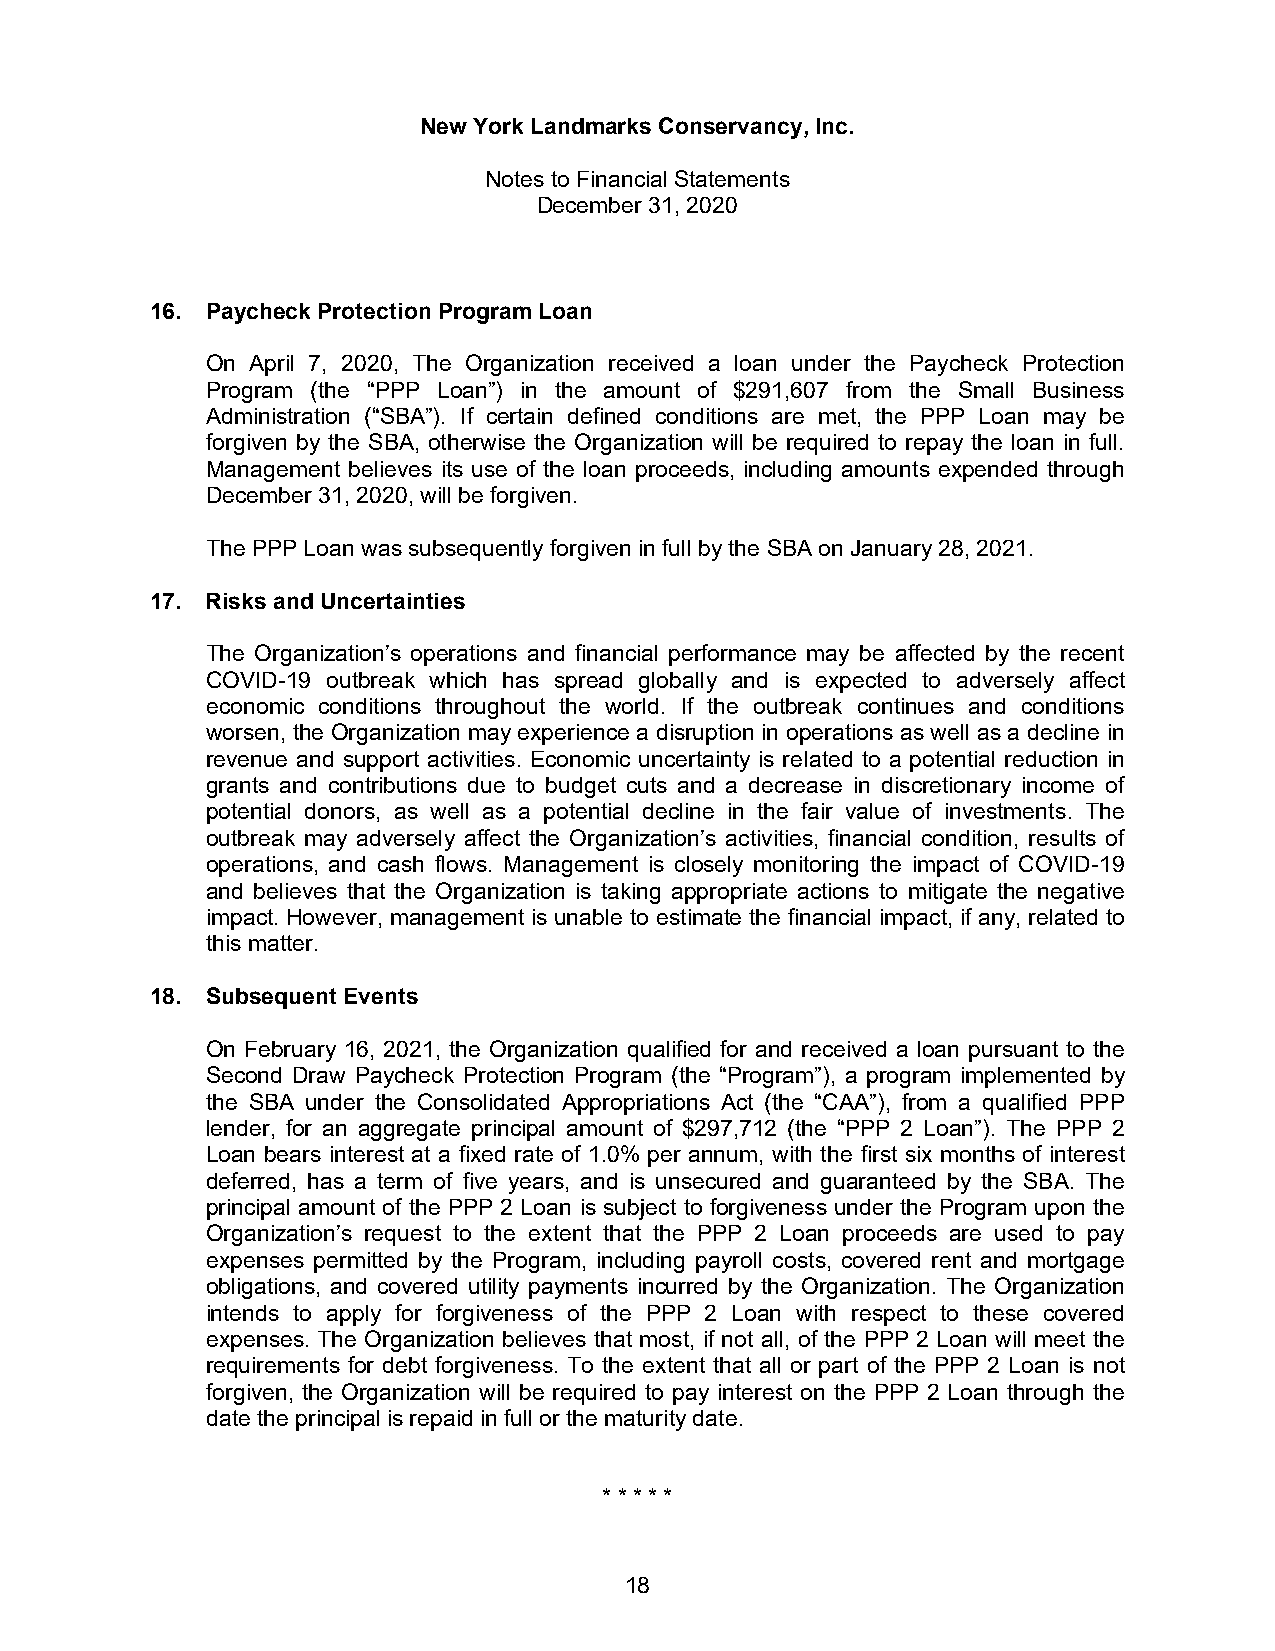
New York Landmarks Conservancy, Inc.
 Notes to Financial Statements
 December 31, 2020
 16. Paycheck Protection Program Loan
 On April 7, 2020, The Organization received a loan under the Paycheck Protection
 Program (the “PPP Loan”) in the amount of $291,607 from the Small Business
 Administration (“SBA”). If certain defined conditions are met, the PPP Loan may be
 forgiven by the SBA, otherwise the Organization will be required to repay the loan in full.
 Management believes its use of the loan proceeds, including amounts expended through
 December 31, 2020, will be forgiven.
 The PPP Loan was subsequently forgiven in full by the SBA on January 28, 2021.
 17. Risks and Uncertainties
 The Organization’s operations and financial performance may be affected by the recent
 COVID-19 outbreak which has spread globally and is expected to adversely affect
 economic conditions throughout the world. If the outbreak continues and conditions
 worsen, the Organization may experience a disruption in operations as well as a decline in
 revenue and support activities. Economic uncertainty is reIated to a potential reduction in
 grants and contributions due to budget cuts and a decrease in discretionary income of
 potential donors, as well as a potential decline in the fair value of investments. The
 outbreak may adversely affect the Organization’s activities, financial condition, results of
 operations, and cash flows. Management is closely monitoring the impact of COVID-19
 and believes that the Organization is taking appropriate actions to mitigate the negative
 impact. However, management is unable to estimate the financial impact, if any, related to
 this matter.
 18. Subsequent Events
 On February 16, 2021, the Organization qualified for and received a loan pursuant to the
 Second Draw Paycheck Protection Program (the “Program”), a program implemented by
 the SBA under the Consolidated Appropriations Act (the “CAA”), from a qualified PPP
 lender, for an aggregate principal amount of $297,712 (the “PPP 2 Loan”). The PPP 2
 Loan bears interest at a fixed rate of 1.0% per annum, with the first six months of interest
 deferred, has a term of five years, and is unsecured and guaranteed by the SBA. The
 principal amount of the PPP 2 Loan is subject to forgiveness under the Program upon the
 Organization’s request to the extent that the PPP 2 Loan proceeds are used to pay
 expenses permitted by the Program, including payroll costs, covered rent and mortgage
 obligations, and covered utility payments incurred by the Organization. The Organization
 intends to apply for forgiveness of the PPP 2 Loan with respect to these covered
 expenses. The Organization believes that most, if not all, of the PPP 2 Loan will meet the
 requirements for debt forgiveness. To the extent that all or part of the PPP 2 Loan is not
 forgiven, the Organization will be required to pay interest on the PPP 2 Loan through the
 date the principal is repaid in full or the maturity date.
 * * * * *
 18